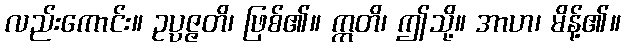
လည်းကောင်း။ ဥပ္ပဇ္ဇတိ၊ ဖြစ်၏။ ဣတိ၊ ဤသို့။ အာဟ၊ မိန့်၏။